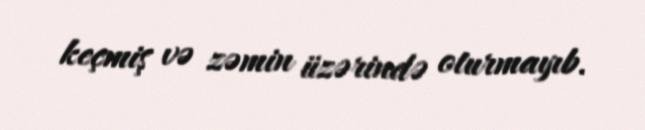
keçmiş və zəmin üzərində oturmayıb.